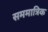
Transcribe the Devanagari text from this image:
सममात्रिक